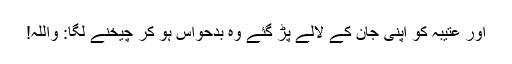
اور عتیبہ کو اپنی جان کے لالے پڑ گئے وہ بدحواس ہو کر چیخنے لگا: واللہ!